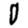
Digit: 0